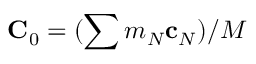
{ \bf C } _ { 0 } = ( \sum m _ { N } { \bf c } _ { N } ) / M